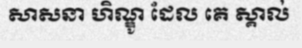
សាសនា ហិណ្ឌូ ដែល គេ ស្គាល់